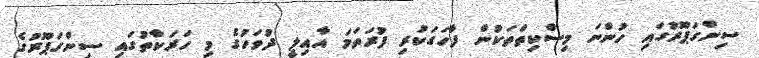
ސިންގަޕޫރުގައި ހުންނަ މިސްކިތްތަކުން ފާހަގަކުރި ފުރަތަމަ އާއިލީ ދުވަހުގެ މި ހަރަކާތުގައި ސިންގަޕޫރުގެ